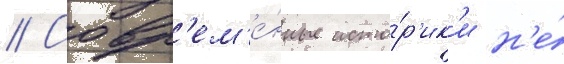
// Совр'ем'е́нные исто́р'ик'и н'е́